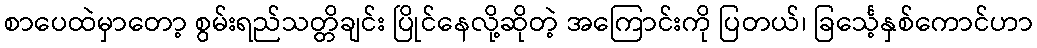
စာပေထဲမှာတော့ စွမ်းရည်သတ္တိချင်း ပြိုင်နေလို့ဆိုတဲ့ အကြောင်းကို ပြတယ်၊ ခြင်္သေ့နှစ်ကောင်ဟာ